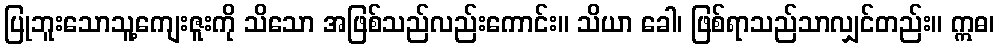
ပြုဘူးသောသူ့ကျေးဇူးကို သိသော အဖြစ်သည်လည်းကောင်း။ သိယာ ခေါ၊ ဖြစ်ရာသည်သာလျှင်တည်း။ ဣဓ၊